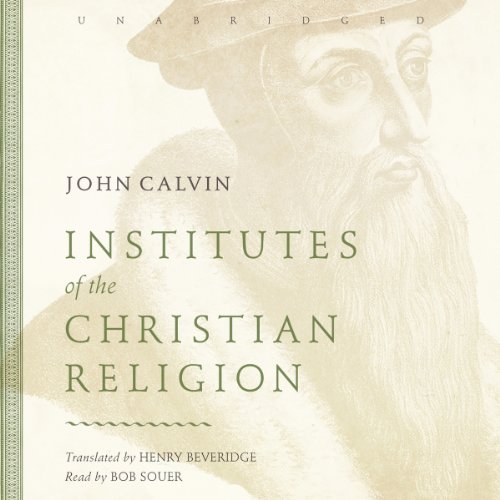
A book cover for Institutes of the Christian Religion; John Calvin; Christian Books & Bibles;